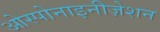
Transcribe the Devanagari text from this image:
ओस्पोनाइनीज़ेशन